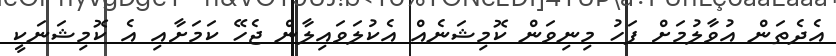
އެދެތަން އުވާލުމަށް ފަހު މިނިވަން ކޮމިޝަނެއް އެކުލަވައިލާން ޖެހޭ ކަމަށާއި އެ ކޮމިޝަނަކީ